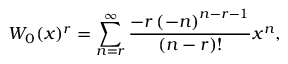
W _ { 0 } ( x ) ^ { r } = \sum _ { n = r } ^ { \infty } { \frac { - r \left( - n \right) ^ { n - r - 1 } } { ( n - r ) ! } } x ^ { n } ,